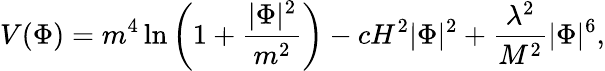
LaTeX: V(\Phi)=m^{4}\ln\left(1+\frac{|\Phi|^{2}}{m^{2}}\right)-cH^{2}|\Phi|^{2}+\frac{\lambda^{2}}{M^{2}}|\Phi|^{6},